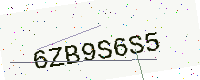
Text: 6ZB9S6S5